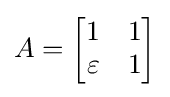
A={\begin{bmatrix}1&1\\\varepsilon &1\end{bmatrix}}